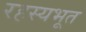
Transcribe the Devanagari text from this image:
रहस्यभूत